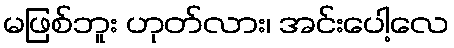
မဖြစ်ဘူး ဟုတ်လား၊ အင်းပေါ့လေ